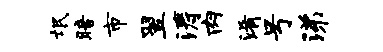
氓暗市翌涛肉淆号涕